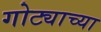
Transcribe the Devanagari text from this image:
गोट्याच्या